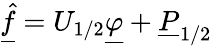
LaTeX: \underline{{\hat{f}}}=U_{1/2}\underline{{\varphi}}+\underline{{P}}_{1/2}